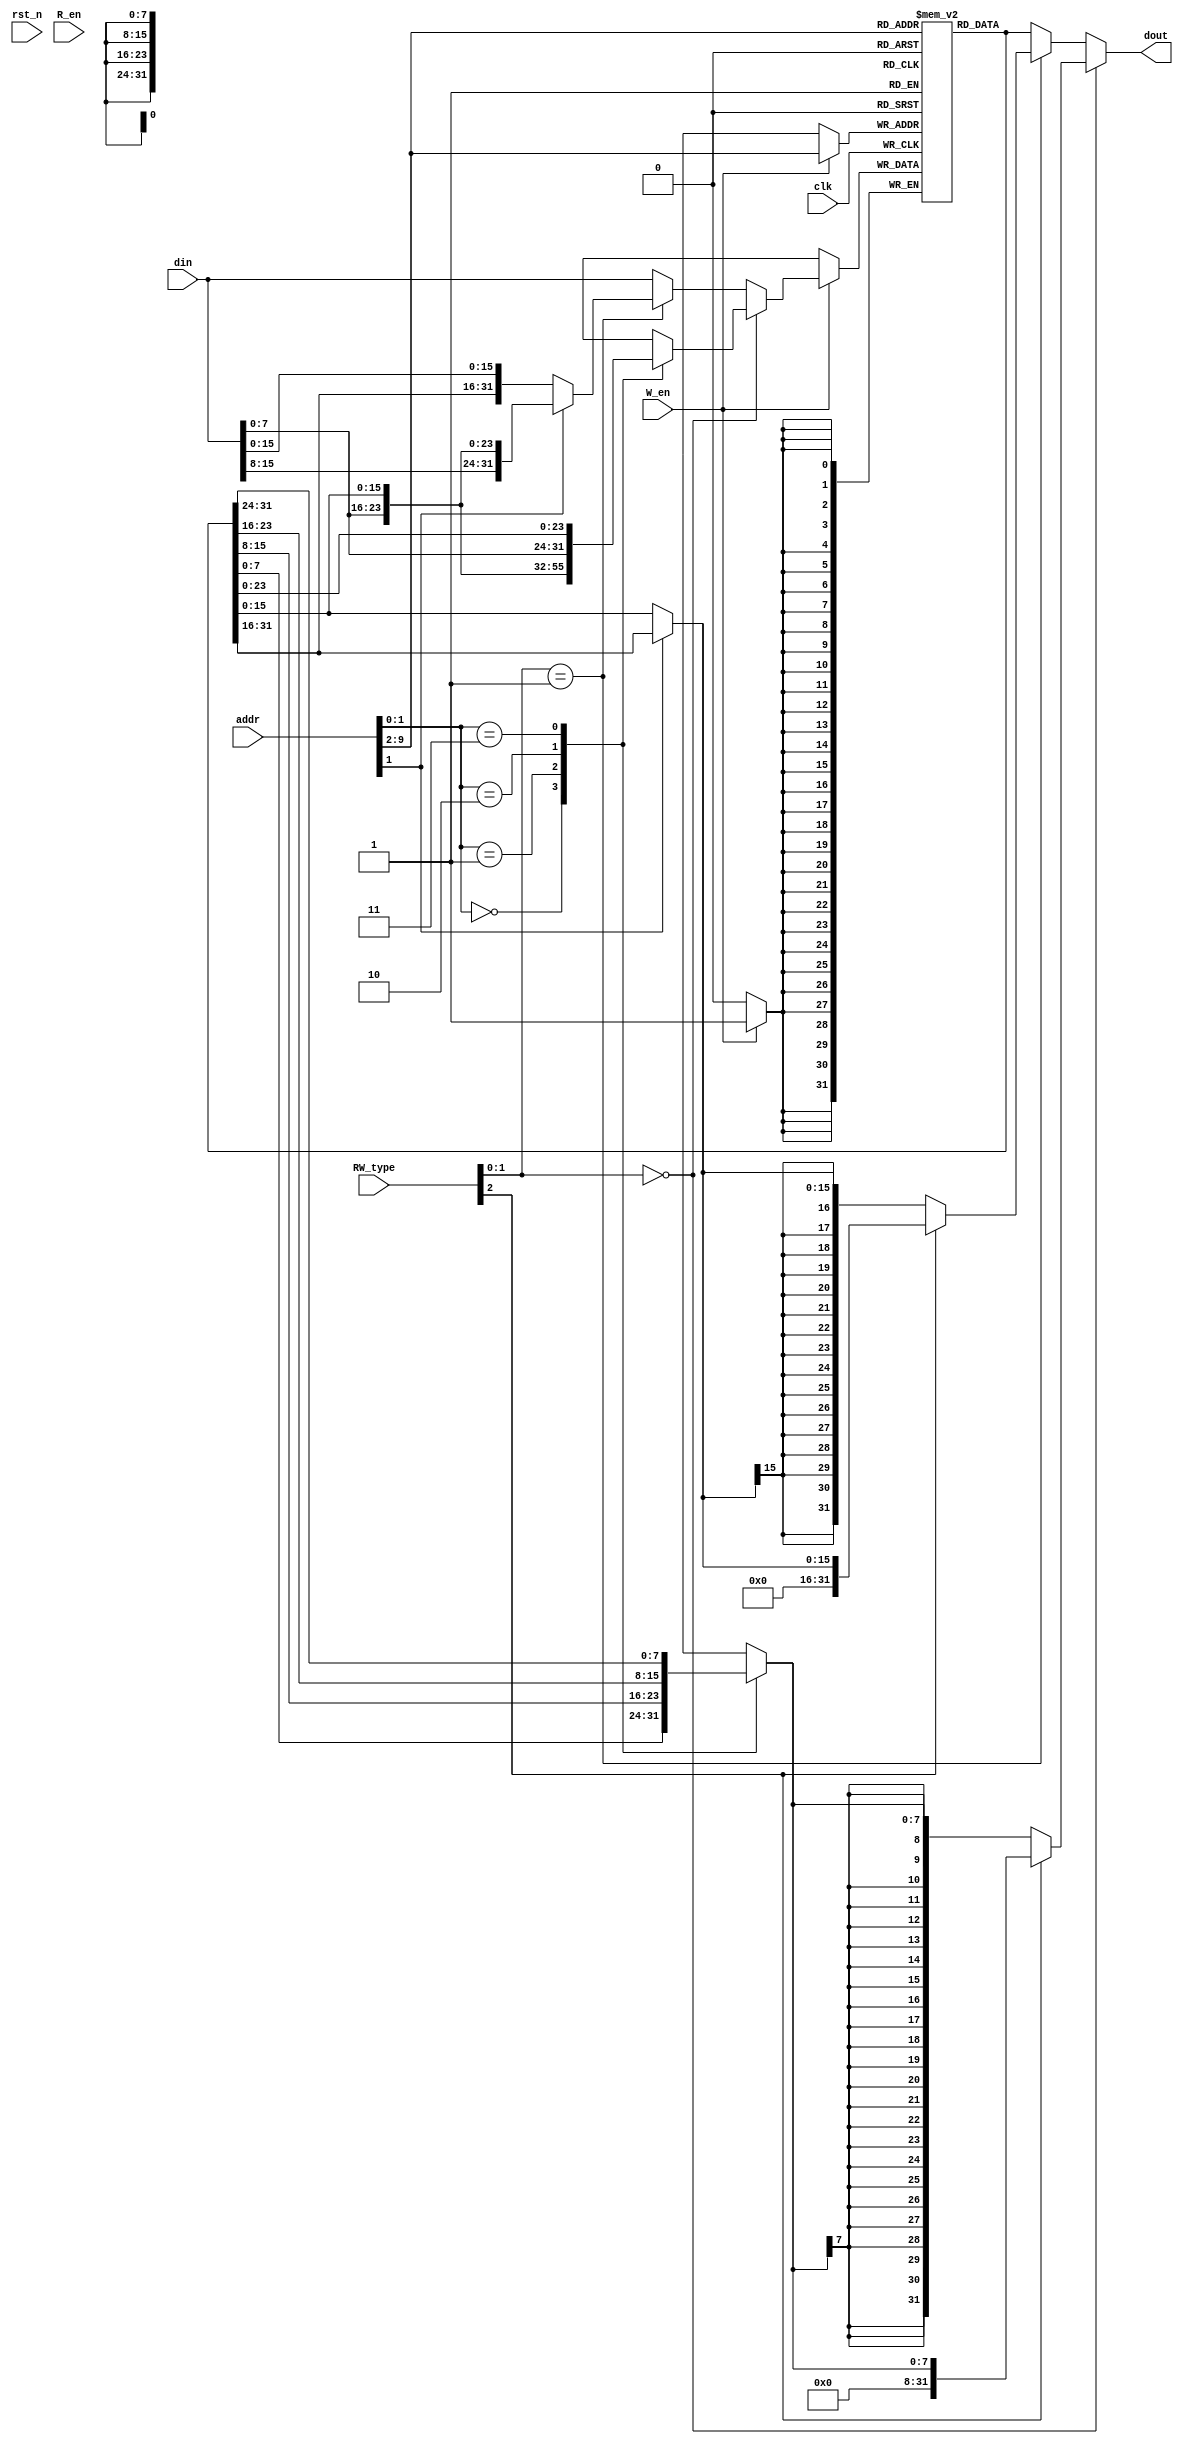
module data_memory(
	clk,
	rst_n,
	W_en,
	R_en,
	addr,
	RW_type,
	din,
	dout
    );
	
	
	input clk;
	input rst_n;
	
	input W_en;
	input R_en;
	
	input [31:0]addr;
	input [2:0]RW_type;

	input [31:0]din;
	output [31:0]dout;


	reg [31:0]ram[255:0];
	
	wire [31:0]Rd_data;////////////////////reference
	
//////////////////////////////////////////////////////////////////////////////////////////////////////////////////////////
	
	
	reg [31:0]Wr_data_B;//////////////////ֽƴ
	wire [31:0]Wr_data_H;//////////////////ƴ
	
	wire [31:0]Wr_data;
	
	
	assign Rd_data=ram[addr[31:2]];/////////////////////////׼

always@(*)
	begin
		case(addr[1:0])
			2'b00:Wr_data_B={Rd_data[31:8],din[7:0]};
			2'b01:Wr_data_B={Rd_data[31:16],din[7:0],Rd_data[7:0]};
			2'b10:Wr_data_B={Rd_data[31:24],din[7:0],Rd_data[15:0]};
			2'b11:Wr_data_B={din[7:0],Rd_data[23:0]};
		endcase
	end

assign Wr_data_H=(addr[1]) ? {din[15:0],Rd_data[15:0]} : {Rd_data[31:16],din[15:0]} ;
	
///////////////////////////////////////////////////////////////////////////////дͣѡд

assign Wr_data=(RW_type[1:0]==2'b00) ? Wr_data_B :( (RW_type[1:0]==2'b01) ? Wr_data_H : din   );

///////////////////////////////////////////д

always@(posedge clk)
begin
	if(W_en)
		ram[addr[9:2]]<=Wr_data;
end

 
//////////////////////////////////////////////////////////////////////////////////////////////////////////////////////////


reg [7:0]Rd_data_B;
wire [15:0]Rd_data_H;

wire [31:0] Rd_data_B_ext;
wire [31:0] Rd_data_H_ext;

////////////////////////////////////////////д؈}ʵֽ؅
always@(*)
begin
	case(addr[1:0])
		2'b00:Rd_data_B=Rd_data[7:0];
		2'b01:Rd_data_B=Rd_data[15:8];
		2'b10:Rd_data_B=Rd_data[23:16];
		2'b11:Rd_data_B=Rd_data[31:24];
	endcase
end
		
assign Rd_data_H=(addr[1])? Rd_data[31:16]:Rd_data[15:0];

///////////////////////////////////////////////////////////////////////////////////////չد32ʹ
assign Rd_data_B_ext=(RW_type[2]) ? {24'd0,Rd_data_B} : {{24{Rd_data_B[7]}},Rd_data_B};

assign Rd_data_H_ext=(RW_type[2]) ? {16'd0,Rd_data_H} : {{16{Rd_data_H[15]}},Rd_data_H};


/////////////////////////////////////////////
assign dout=(RW_type[1:0]==2'b00) ? Rd_data_B_ext : ((RW_type[1:0]==2'b01) ? Rd_data_H_ext : Rd_data );


endmodule